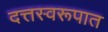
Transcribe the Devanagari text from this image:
दत्तस्वरूपात